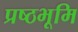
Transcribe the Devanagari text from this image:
प्रष्‍ठभूमि